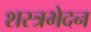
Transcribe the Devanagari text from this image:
शस्त्रभेदन